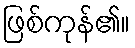
ဖြစ်ကုန်၏။